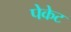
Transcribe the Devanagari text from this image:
पेकेट